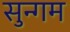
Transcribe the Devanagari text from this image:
सुन्गम